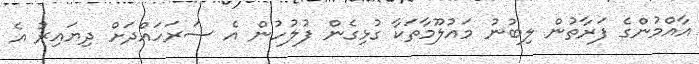
އާއްމުންގެ ފަރާތުން ލިބުނު މައުލޫމާތަކާ ގުޅިގެން ފުލުހުން އެ ސަރަހައްދަށް ދިޔައިރު އެ